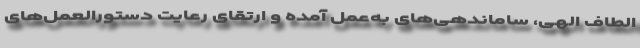
الطاف الهی، ساماندهی‌های به‌عمل آمده و ارتقای رعایت دستورالعمل‌های